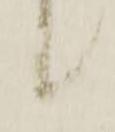
候